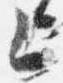
上